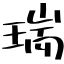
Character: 瑞